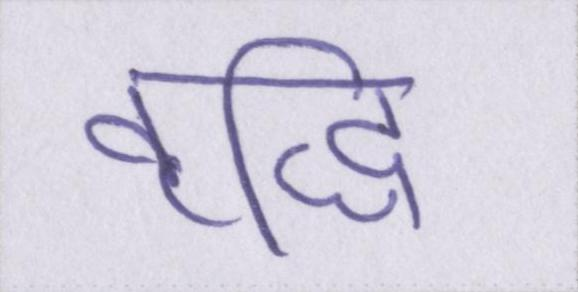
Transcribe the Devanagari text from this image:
वृद्धि